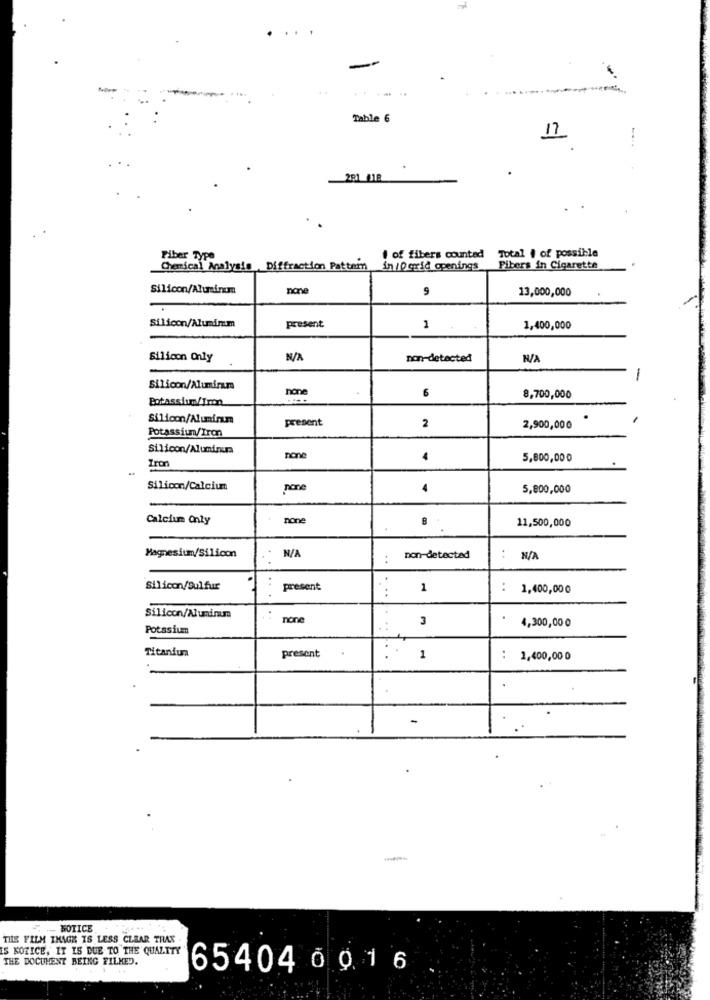
Table 6
11
291 418
i of fibers counted Total , of possible
Fiber Type
Chemical Analysis Diffraction Pattern
in /0grid openings
Fibers in Cigarette
none
9
13,000,000
present
Silicon/Alumimm
1
1,400,000
Silicon Only
non-detected
-
Silicon/Aluminum
hone
6
Potassium/Ira
8,700,000
Silicon/Aluminum
present
Potassium/Iron
2
2,900,000
Silicon/Aluminum
non
4
5,800,00 0
Iron
Silicon/Calcium
none
4
5,800,000
Calcium Only
none
11,500,000
Magnesium/Silicon
:
non-detected
:
Silicon/Sulfur
present
:
1
:
1,400,000
Silicon/Aluminum
none
3
4,300,00 0
Potassium
...
Titanium
present
1
1,400,00 0
-
--
- NOTICE
THE FILM IMAGE IS LESS CLEAR TRAX
IS KOTICE, IT IS DUE TO THE QUALITY
THE DOCUMENT BEING FILMED.
65404 0 016